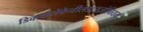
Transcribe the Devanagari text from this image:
डिक्लोरोफेनीलडायज़ोनियम